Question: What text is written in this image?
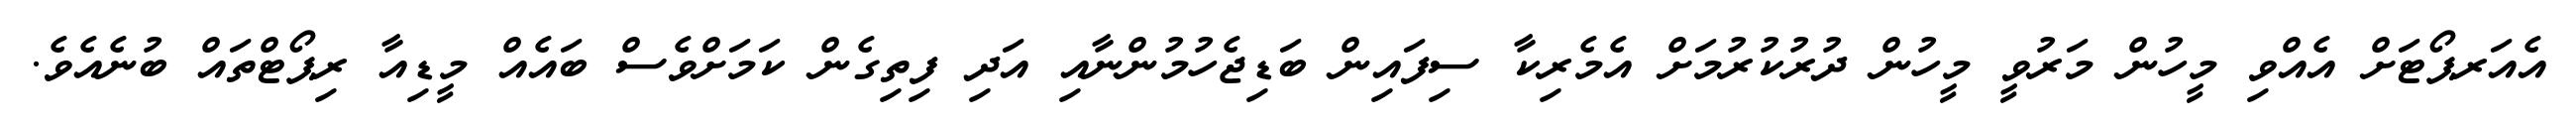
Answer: އެއަރޕޯޓަށް އެއްވި މީހުން މަރުވީ މީހުން ދުރުކުރުމަށް އެމެރިކާ ސިފައިން ބަޑިޖެހުމުންނާއި އަދި ފިތިގެން ކަމަށްވެސް ބައެއް މީޑިއާ ރިޕޯޓްތައް ބުނެއެވެ.